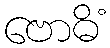
ဗောဓိံ